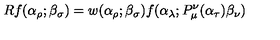
R f ( \alpha _ { \rho } ; \beta _ { \sigma } ) = w ( \alpha _ { \rho } ; \beta _ { \sigma } ) f ( \alpha _ { \lambda } ; P _ { \mu } ^ { \nu } ( \alpha _ { \tau } ) \beta _ { \nu } )